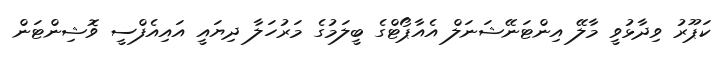
ކަޕޫރު ވިދާޅުވީ މާލޭ އިންޓަނޭޝަނަލް އެއާޕޯޓްގެ ބީލަމުގެ މަރުހަލާ ދިޔައީ އައިއެފްސީ ވޮޝިންޓަން